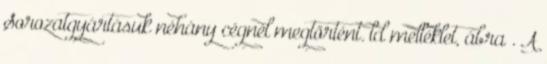
Sorozatgyártásuk néhány cégnél megtörtént. ld melléklet, ábra . A